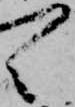
々